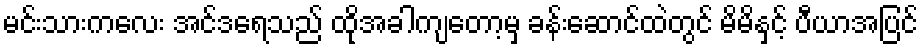
မင်းသားကလေး အင်ဒရေသည် ထိုအခါကျတော့မှ ခန်းဆောင်ထဲတွင် မိမိနှင့် ပီယာအပြင်